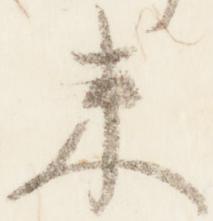
来